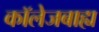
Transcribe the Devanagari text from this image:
कॉलेजबाह्य